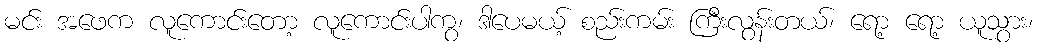
မင်း အဖေက လူကောင်းတော့ လူကောင်းပါကွ၊ ဒါပေမယ့် စည်းကမ်း ကြီးလွန်းတယ်၊ ရော့ ရော့ ယူသွား၊